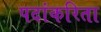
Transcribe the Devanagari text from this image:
पदांकरिता